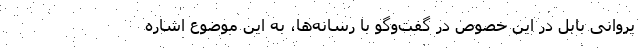
یروانی بابل در این خصوص در گفت‌وگو با رسانه‌ها، به این موضوع اشاره